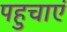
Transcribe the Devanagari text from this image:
पहुचाएं